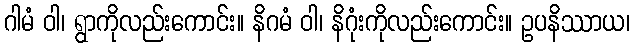
ဂါမံ ဝါ၊ ရွာကိုလည်းကောင်း။ နိဂမံ ဝါ၊ နိဂုံးကိုလည်းကောင်း။ ဥပနိဿာယ၊